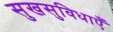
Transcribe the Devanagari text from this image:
सुखसुविधाएँ